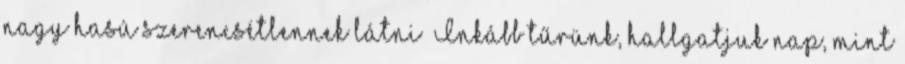
nagy hasú szerencsétlennek látni Inkább tűrünk, hallgatjuk nap, mint